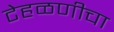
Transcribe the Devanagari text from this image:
टेहळणीचा